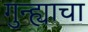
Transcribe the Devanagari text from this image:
गुन्ह्याचा